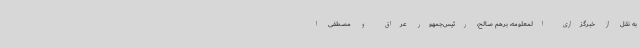
به نقل از خبرگزاری المعلومه، برهم صالح، رئیس‌جمهور عراق و مصطفی ا